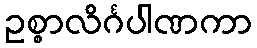
ဥစ္စာလိင်္ဂပါဏကာ